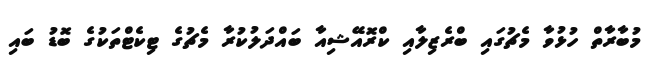
މުބާރާތް ހުޅުވާ މެޗުގައި ބްރެޒިލާއި ކްރޮއޭޝިއާ ބައްދަލުކުރާ މެޗުގެ ޓިކެޓްތަކުގެ ބޮޑު ބައި